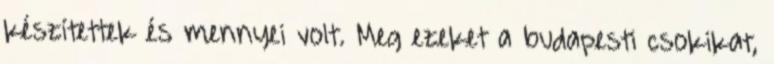
készítettek és mennyei volt. Meg ezeket a budapesti csokikat,